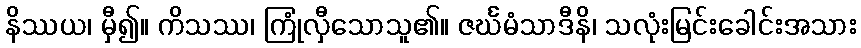
နိဿယ၊ မှီ၍။ ကိသဿ၊ ကြုံလှီသောသူ၏။ ဇင်္ဃမံသာဒီနိ၊ သလုံးမြင်းခေါင်းအသား